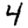
Digit: 4